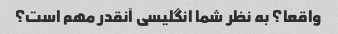
واقعا؟ به نظر شما انگلیسی آنقدر مهم است؟